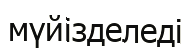
мүйізделеді